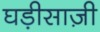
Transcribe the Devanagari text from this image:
घड़ीसाज़ी